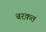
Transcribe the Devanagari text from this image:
बरक़त